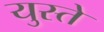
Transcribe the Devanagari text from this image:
युस्ते